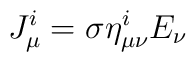
J_\mu^i = \sigma \eta^i_{\mu\nu} E_\nu